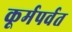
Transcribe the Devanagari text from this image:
कूर्मपर्वत